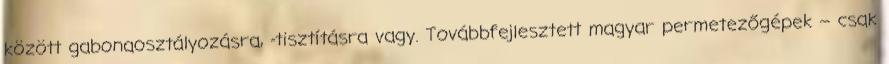
között gabonaosztályozásra, -tisztításra vagy. Továbbfejlesztett magyar permetezőgépek – csak